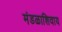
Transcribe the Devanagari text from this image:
मंडळाशिवाय